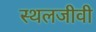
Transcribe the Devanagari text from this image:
स्थलजीवी